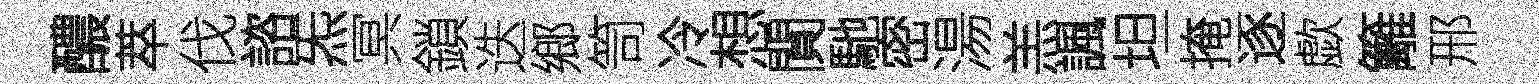
醲萃伐諮炁冥鎖迭鄉笥冷想閴馳密湯羔諷坦掩逐歔籬邢